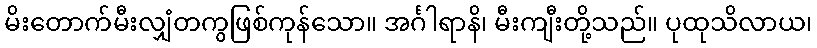
မိးတောက်မီးလျှံတကွဖြစ်ကုန်သော။ အင်္ဂါရာနိ၊ မီးကျီးတို့သည်။ ပုထုသိလာယ၊